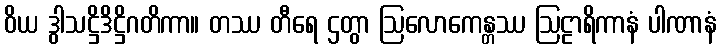
ဝိယ ဒွါသဋ္ဌိဒိဋ္ဌိဂတိကာ။ တဿ တီရေ ဌတွာ ဩလောကေန္တဿ ဩဠာရိကာနံ ပါဏာနံ